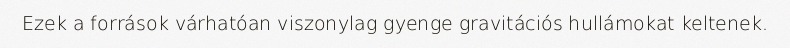
Ezek a források várhatóan viszonylag gyenge gravitációs hullámokat keltenek.